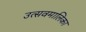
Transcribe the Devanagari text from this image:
उत्सवमालिका